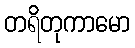
တရိတုကာမော